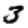
Digit: 3